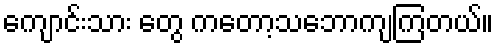
ကျောင်းသား တွေ ကတော့သဘောကျကြတယ်။